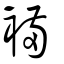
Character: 襔